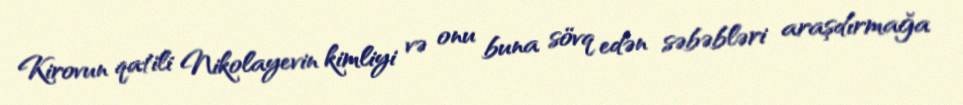
Kirovun qatili Nikolayevin kimliyi və onu buna sövq edən səbəbləri araşdırmağa